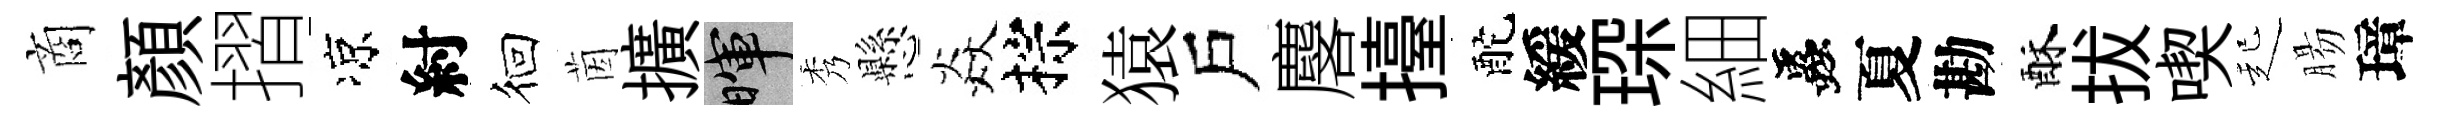
商顔摺凉紂徊茵擴暉秀懸焱棕猿戶麐擡酡緩琛細蟲夏勘酥拔喫起腸璋